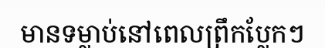
មានទម្លាប់នៅពេលព្រឹកប្លែកៗ